Annual administration report of the Civil Veterinary Department of India - 1897-1898
Year: 1897
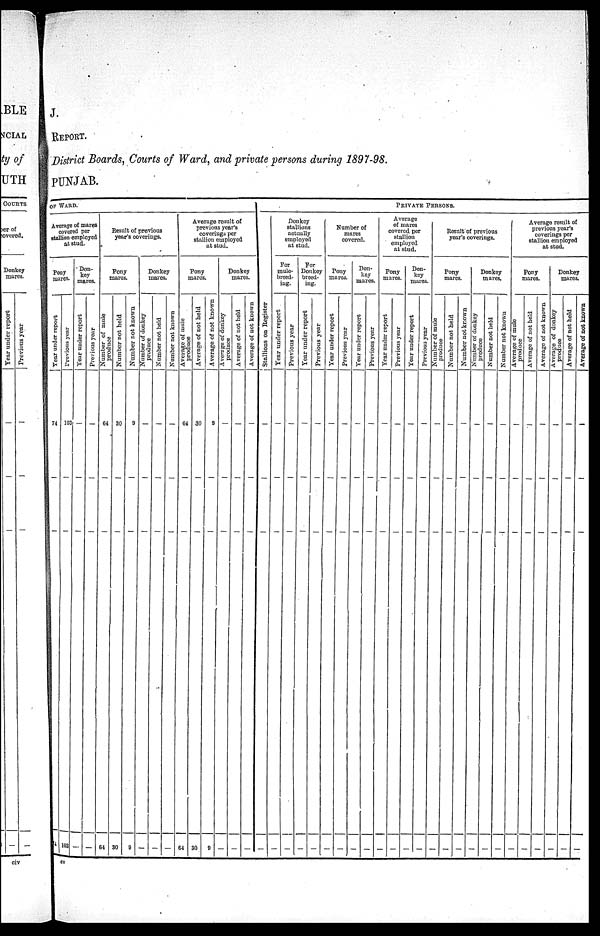
J.
REPORT.
District Boards, Courts of Ward, and private persons during 1897—98.
PUNJAB.
OF
WARD.
Average of mares
covered per
stallion employed
at stud.
Pony
mares.
Year
under report
74
—
—
4
Previous year
103
—
—
103
Don—
key
mares.
Year under report
—
—
—
—
Previous year
—
—
—
—
Result of previous
year's coverings.
Pony
mares.
Number of mule
produce
64
—
—
64
Number not held
30
—
—
30
Number not known
9
—
—
9
Donkey
mares.
Number of donkey
produce
—
—
—
—
Number not held
—
—
—
—
Number not known
—
—
—
—
Average result of
previons year's
coverings per
stallion employed
at stud.
Pony
mares.
Average of mule
produce
64
—
—
64
Average of not held
30
—
—
30
Average of not known
9
—
—
9
Donkey
mares.
Average of donkey
produce
—
—
—
—
Average of not held
—
—
—
—
Average of not known
—
—
—
—
PRIVATE PERSONS.
St al l
i
ons on Register
—
—
—
—
Donkey
stallions
actually
employed
at stud.
For
mule-
breed-
ing.
Year under report
—
—
—
—
Previous year
—
—
—
—
Tor
Donkey
breed-
ing.
Year under report
—
—
—
—
Previous year
—
—
—
—
Number of
mares
covered.
Pony
mares.
Year under report
—
—
—
—
Previous year
—
—
—
—
Don-
key
mares.
Year under report
—
—
—
—
Previous year
—
—
—
—
Average
of mares
covered per
stallion
employed
at stud.
Pony
mares.
Year under report
—
—
—
—
Previous year
—
—
—
—
Don-
key
mares.
Year under report
—
—
—
—
Previous year
—
—
—
—
Result of previous
year's coverings.
Pony
mares.
Number of mule
produce
—
—
—
—
Number not held
—
—
—
—
Number not known
—
—
—
—
Donkey
mares.
Number of donkey
produce
—
—
—
—
Number not held
—
—
—
—
Number not known
—
—
—
—
Average result of
previous year's
coverings per
stallion employed
at stud.
Pony
mares.
Average of mule
produce
—
—
—
—
Average of not held
—
—
—
—
Average of not known
—
—
—
—
Donkey
mares.
Average of donkey
produce
—
—
—
—
Average of not held
—
—
—
—
Average of not known
—
—
—
—
cv